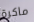
ماكرة